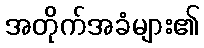
အတိုက်အခံများ၏